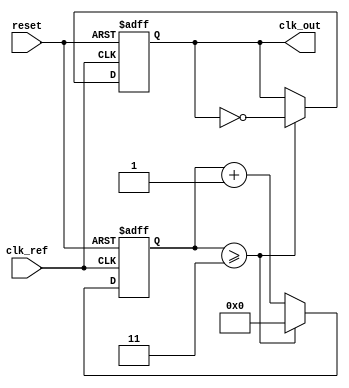
module PLL (
    input wire clk_ref,          // Reference clock input
    input wire reset,            // Asynchronous reset
    output reg clk_out           // Output clock
);

// Parameters
parameter DIVISION_FACTOR = 4; // Frequency divider value
parameter VCO_MAX_FREQ = 100;   // Max frequency for VCO
parameter VCO_MIN_FREQ = 10;    // Min frequency for VCO

// Internal signals
reg [7:0] phase_error;          // Phase error signal from PD
reg [7:0] control_voltage;       // Control voltage for VCO
reg [7:0] vco_output;            // Output of VCO
reg [7:0] freq_divider;          // Frequency divider counter

// Phase Detector (PD)
always @(posedge clk_ref or posedge reset) begin
    if (reset) begin
        phase_error <= 8'b0; // Reset phase error
    end else begin
        // Simple phase detection logic (leading/lagging)
        // This is a simplified approach; actual phase detector logic would be more complex
        if (clk_ref) begin
            phase_error <= (vco_output >= 8'd128) ? 8'd1 : 8'd0; // Example phase detection
        end else begin
            phase_error <= (vco_output < 8'd128) ? 8'd1 : 8'd0; // Example
        end
    end
end

// Loop Filter (simplified)
always @(posedge clk_ref or posedge reset) begin
    if (reset) begin
        control_voltage <= 8'd0; // Reset control voltage
    end else begin
        // Simple first-order filter (integrator)
        control_voltage <= control_voltage + phase_error;
        // Clamping control voltage to VCO range
        if (control_voltage > VCO_MAX_FREQ)
            control_voltage <= VCO_MAX_FREQ;
        else if (control_voltage < VCO_MIN_FREQ)
            control_voltage <= VCO_MIN_FREQ;
    end
end

// Voltage-Controlled Oscillator (VCO)
always @(posedge clk_ref or posedge reset) begin
    if (reset) begin
        vco_output <= 8'd0; // Reset VCO output
    end else begin
        // Generate output frequency based on control voltage
        // This is a simplified linear VCO model
        vco_output <= control_voltage; // Directly using control voltage for simplicity
    end
end

// Frequency Divider
always @(posedge clk_ref or posedge reset) begin
    if (reset) begin
        freq_divider <= 0; // Reset divider
        clk_out <= 0;      // Reset output clock
    end else begin
        // Increment divider counter
        freq_divider <= freq_divider + 1;
        // Generate output clock based on division factor
        if (freq_divider >= DIVISION_FACTOR - 1) begin
            clk_out <= ~clk_out; // Toggle clock output
            freq_divider <= 0;    // Reset divider
        end
    end
end

endmodule